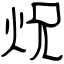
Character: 炾